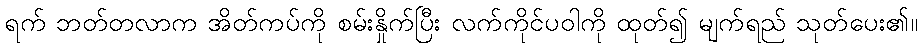
ရက် ဘတ်တလာက အိတ်ကပ်ကို စမ်းနှိုက်ပြီး လက်ကိုင်ပဝါကို ထုတ်၍ မျက်ရည် သုတ်ပေး၏။